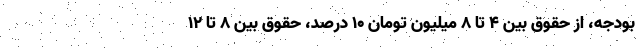
بودجه، از حقوق بین 4 تا 8 میلیون تومان 10 درصد، حقوق بین 8 تا 12